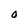
Character: 0